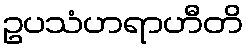
ဥပသံဟရာဟီတိ